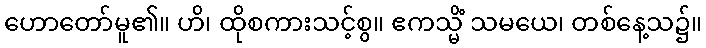
ဟောတော်မူ၏။ ဟိ၊ ထိုစကားသင့်စွ။ ဧကသ္မိံ သမယေ၊ တစ်နေ့သ၌။